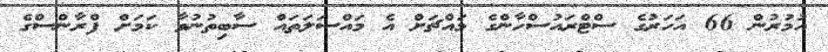
އުމުރުން 66 އަހަރުގެ ސްޓްރައުސްހާންގެ މައްޗަށް އެ މައްސަލަތައް ސާބިތުނުވާ ކަމަށް ފްރާންސްގެ